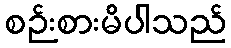
စဉ်းစားမိပါသည်